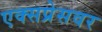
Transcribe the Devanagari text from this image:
एक्सप्रेसवर